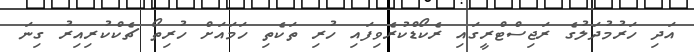
އަދި ހަރުމުދަލުގެ ރަޖިސްޓްރީގައި ރެކޯޑްކުރެވިފައި ހުރި ތަކެތި ހަމައަށް ހުރިތޯ ޗެކްކުރިއިރު ގިނަ